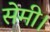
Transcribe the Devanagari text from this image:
सेमी।